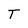
Character: T